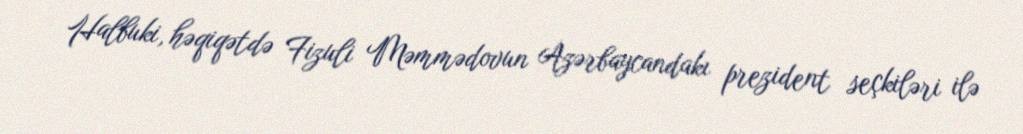
Halbuki, həqiqətdə Fizuli Məmmədovun Azərbaycandakı prezident seçkiləri ilə